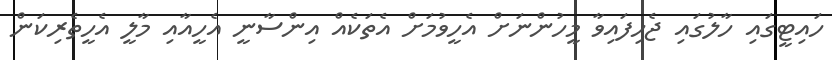
ހައިޓީގައި ހާލުގައި ޖެހިފައިވާ މީހުންނަށް އެހީވުމަށް އެތަކެއް އިންސާނީ އެހީއާއި މާލީ އެހީތެރިކަން